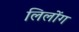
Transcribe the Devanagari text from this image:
लिलोंग